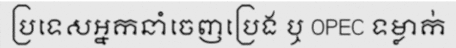
ប្រទេសអ្នកនាំចេញប្រេង ឬ OPEC ទម្លាក់